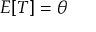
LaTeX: E [ T ] = \theta